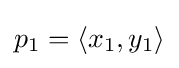
{\textstyle p_{1}=\langle x_{1},y_{1}\rangle }